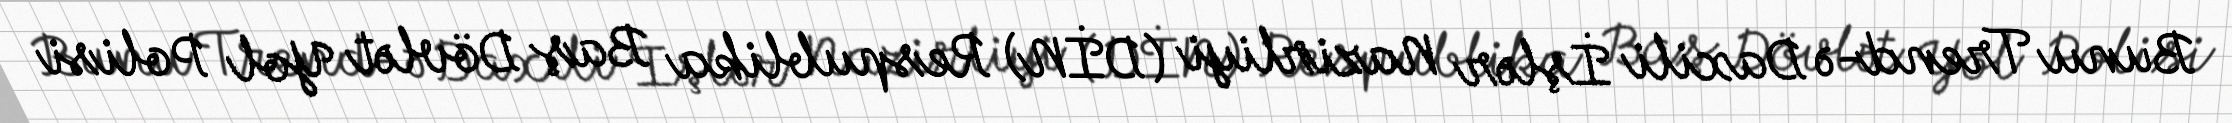
Bunu Trend-ə Daxili İşlər Nazirliyi (DİN) Respublika Baş Dövlət Yol Polisi